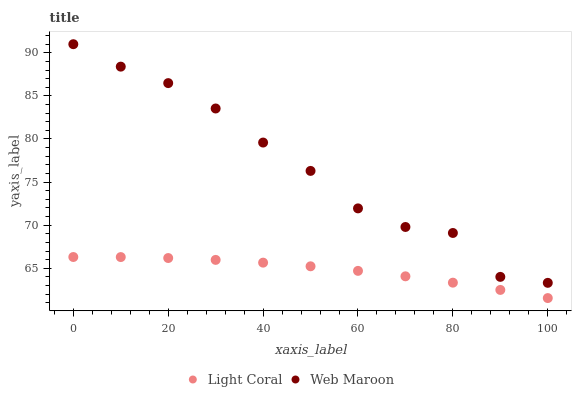
| xaxis_label | Light Coral | Web Maroon |
 | --- | --- | --- |
 | 0 | 66.3 | 91 |
 | 10 | 66.3 | 88.4 |
 | 20 | 66.2 | 86.5 |
 | 30 | 66 | 83.5 |
 | 40 | 65.7 | 79.6 |
 | 50 | 65.2 | 76.3 |
 | 60 | 64.7 | 71.9 |
 | 70 | 64.1 | 69.8 |
 | 80 | 63.3 | 69.1 |
 | 90 | 62.5 | 64 |
 | 100 | 61.5 | 63.3 |